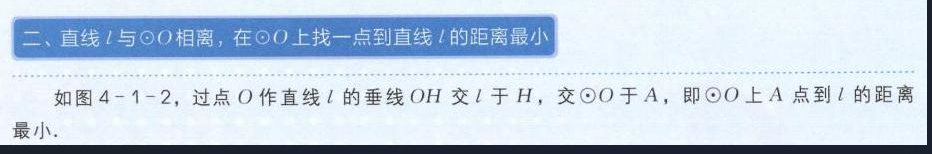
二、直线\(l\)与\(\odot O\)相离，在\(\odot O\)上找一点到直线\(l\)的距离最小
如图4 - 1 - 2，过点\(O\)作直线\(l\)的垂线\(OH\)交\(l\)于\(H\)，交\(\odot O\)于\(A\)，即\(\odot O\)上\(A\)点到\(l\)的距离最小.